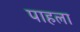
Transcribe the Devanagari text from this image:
पाहला